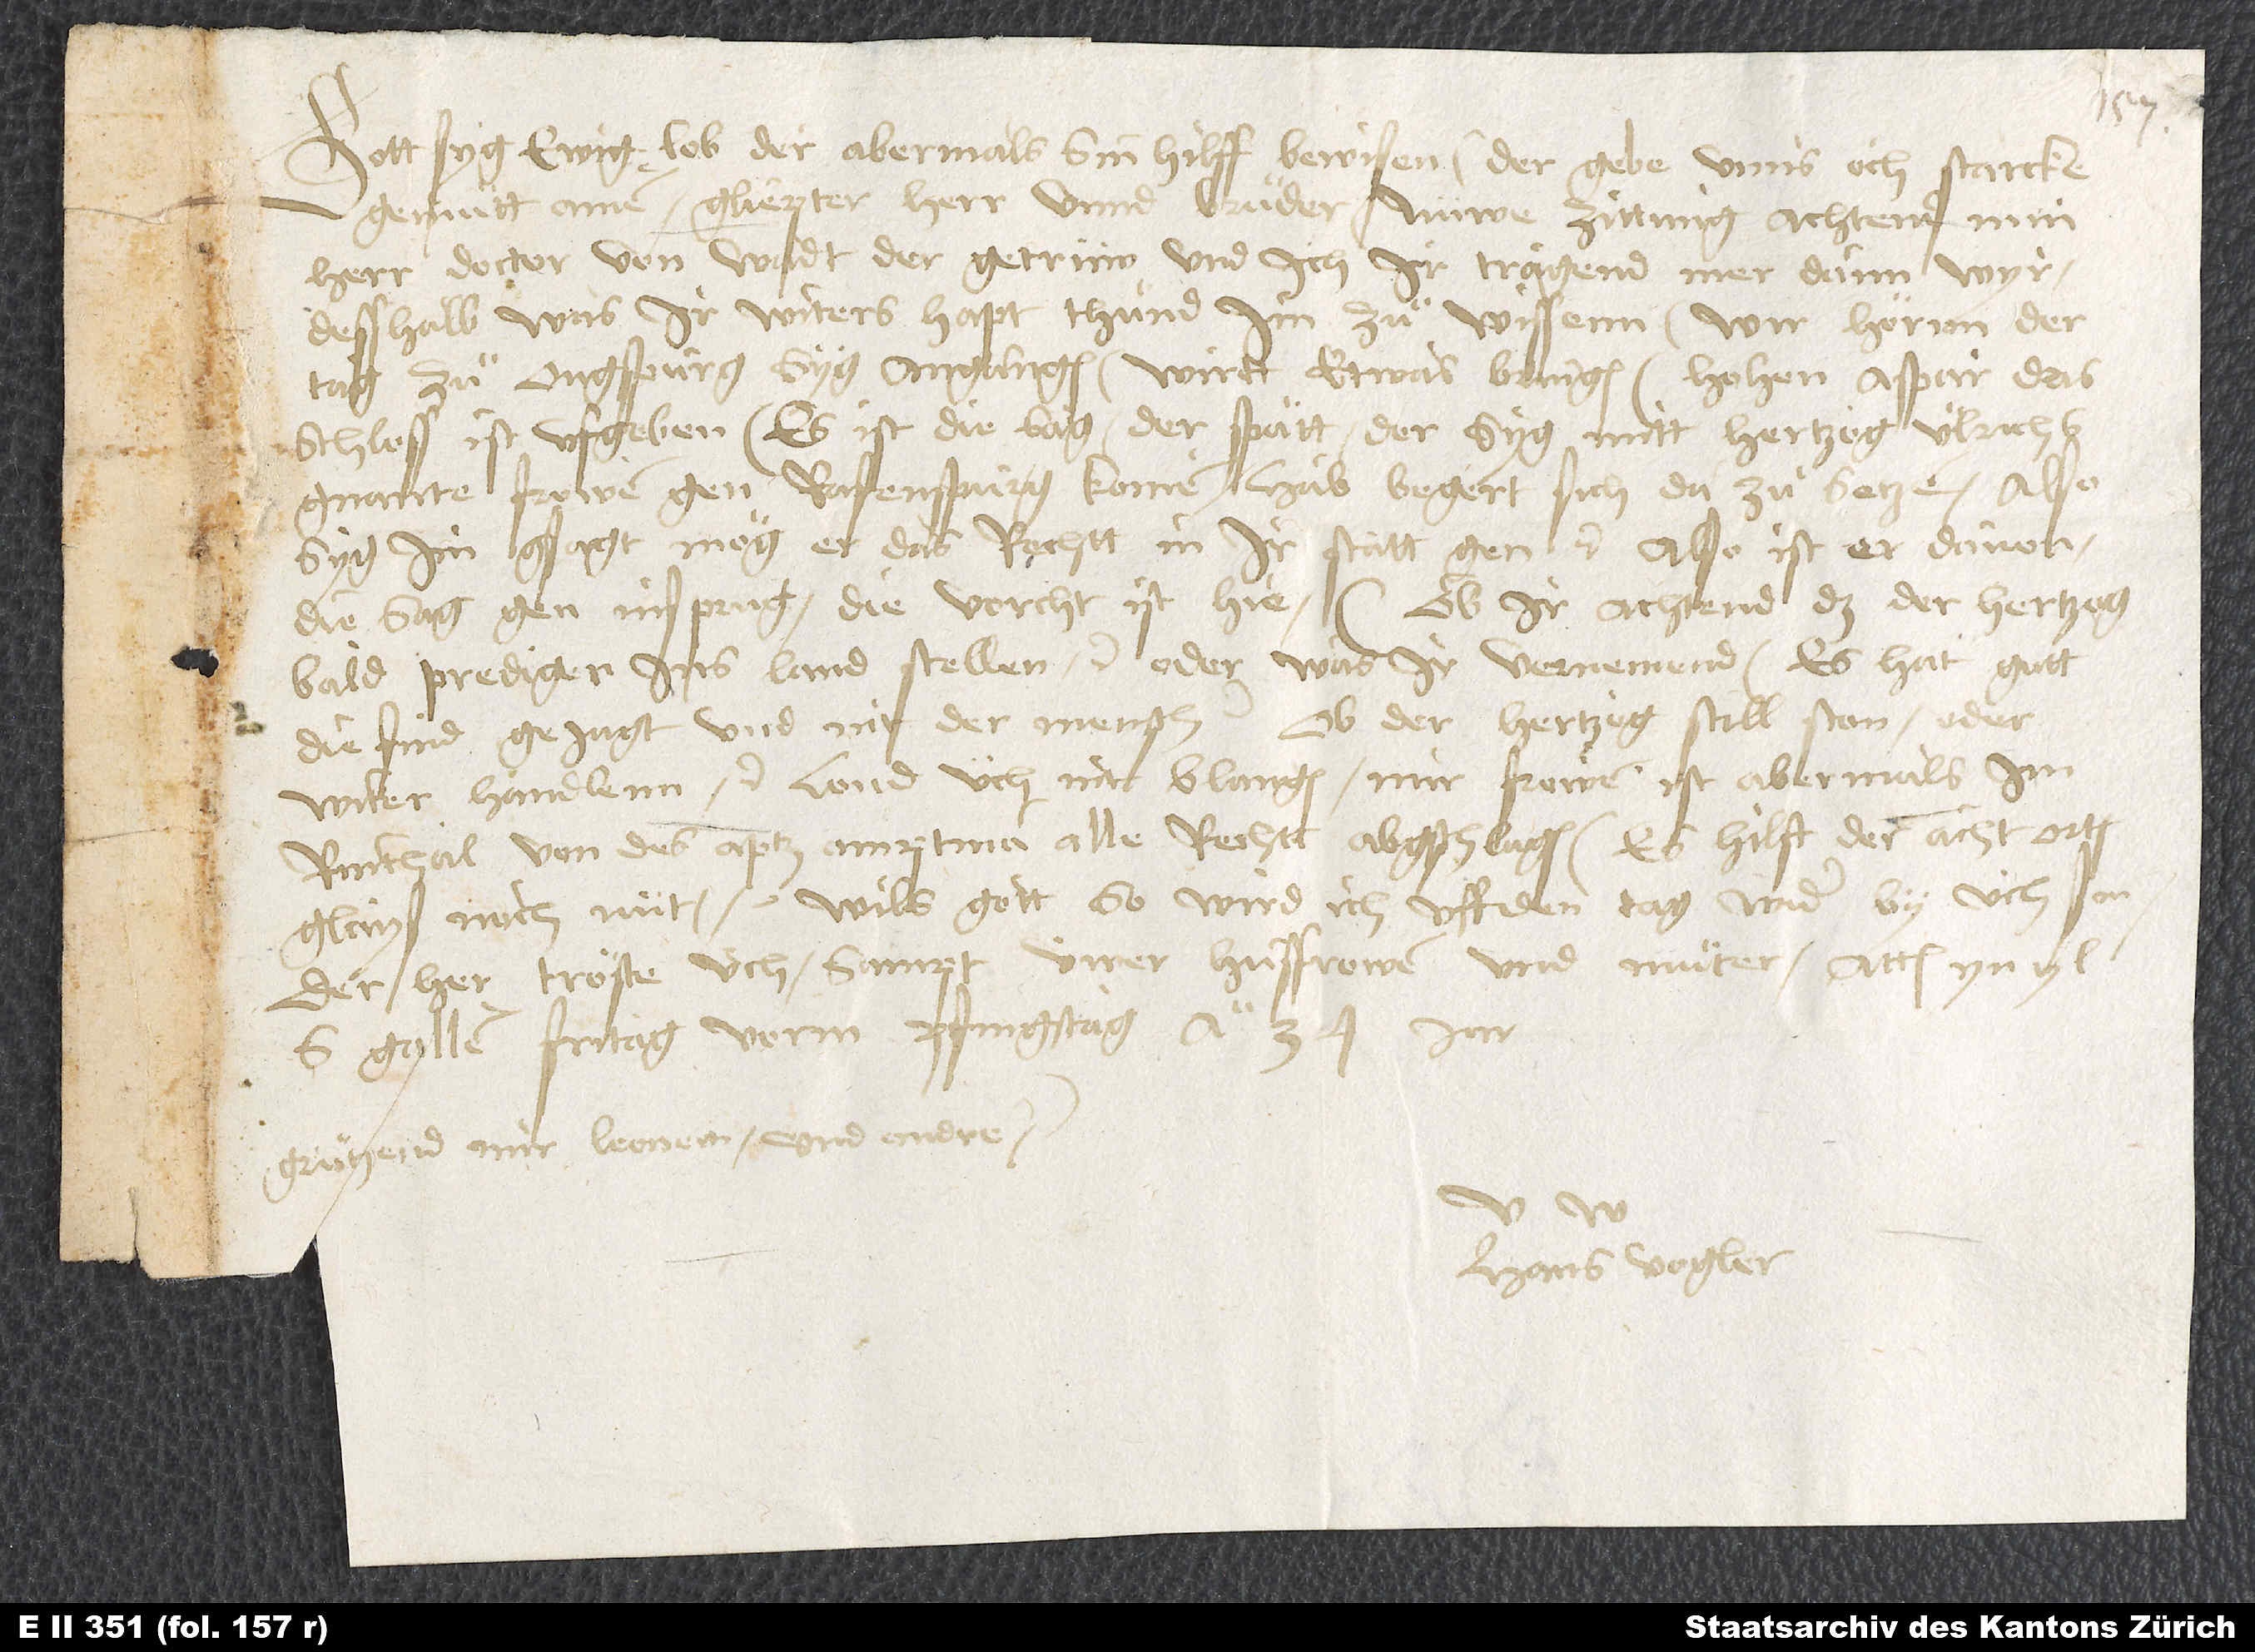
Gott syg ewig lob, der abermals sin hilff bewisen, der gebe unns och starcke
gemuͤtt. Amen. Gliepter herr unnd bruͦder, nüwe zittung, achtend min
herr Doctor von Wadt, der getrüw, und ich, ir tragend mer dann wyr.
Desshalb, was ir witers hapt, thuͦnd im zuͦ wissenn. Wir hörnn, der
tag zuͦ Ougspurg syg angangen; wirtt etwas bringen. Hohen Aspar das
schloss ist ufgeben. Es ist die sag, der Spätt der syg mitt hertzog Ulrichs
gnannte frowen gen Rafenspurg komen, hab begert, sich da zuͦ setzen. Also
syg im gsagt: mög er das rechtt in ir statt gen etc. Also ist er davon,
die sag: gen Insprug. Die vorcht ist hie. Ob ir achtend, daß der hertzog
bald prediger ins land stellen etc., oder was ir vernemend. Es hat gott
die find gejagt, und nit der mensch. Ob der hertzog stillston oder
witer handlenn etc., lond üch nit blangen. Mir frowen ist abermals im
Rinthal von des aptz amptman alle rechtt abgschlagen. Es hilft der acht orten
ghaiß noch nüt. Wils gott, so wird ich uff den tag wider by üch sin.
Der her tröste üch sampt üwer husfrowen und muͦter. Actum yn yl,
S. Gallen, fritag vorm pfingstag anno 34 jar.
Gruͤtzend mir Leonem und andre.
Hans Vogler.